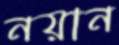
নয়ান